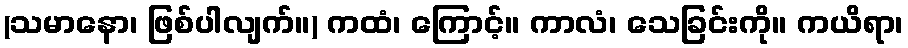
(သမာနော၊ ဖြစ်ပါလျက်။) ကထံ၊ ကြောင့်။ ကာလံ၊ သေခြင်းကို။ ကယိရာ၊